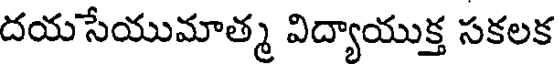
దయసేయుమాత్మ విద్యాయుక్త సకలక